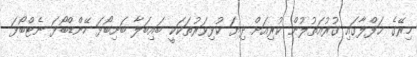
މިރޭގެ ޙަފްލާގައި ގުރުއަތުލުން ކުރިއަަށް ދިޔަ ކުޅިވަރުތަކަކީ ބައިބަލާ ބަށިބޯޅަ ހޭންޑްބޯޅަ ނެޓްބޯޅަ